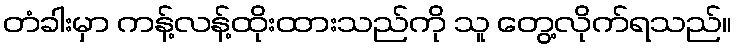
တံခါးမှာ ကန့်လန့်ထိုးထားသည်ကို သူ တွေ့လိုက်ရသည်။